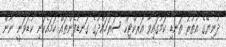
ދުނިޔޭގެ އުތުރު ތަނޑި ކަމުގައިވާ އަރކްޓިކް ސަރަހައްދުގެ ގަނޑުފެންތައް ހަމައެކަނި ކުޑަވަނީ ނޫން